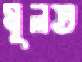
মূলত